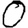
Digit: 0